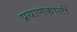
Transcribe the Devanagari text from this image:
प्रयाणकालीं